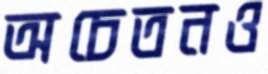
অচেতনও